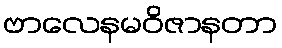
ဗာလေနမဝိဇာနတာ